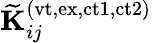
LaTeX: \mathbf{\widetilde{K}}_{ij}^{(\mathrm{vt,ex,ct1,ct2})}